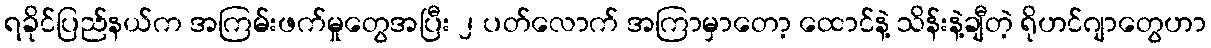
ရခိုင်ပြည်နယ်က အကြမ်းဖက်မှုတွေအပြီး ၂ ပတ်လောက် အကြာမှာတော့ ထောင်နဲ့ သိန်းနဲ့ချီတဲ့ ရိုဟင်ဂျာတွေဟာ